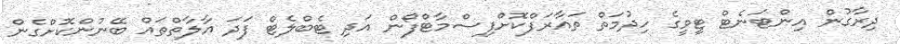
ދިރާގުން އިންޓަނެޓް ޓީވީގެ ހިދުމަތް ތައާރަފްކޮށްފިސްމާޓްފޯން އަދި ޓެބްލެޓް ފަދަ އާލާތްތައް ބޭނުންކޮށްގެން